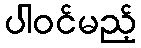
ပါဝင်မည့်